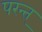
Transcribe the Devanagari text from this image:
परन्त्